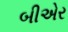
બીએર